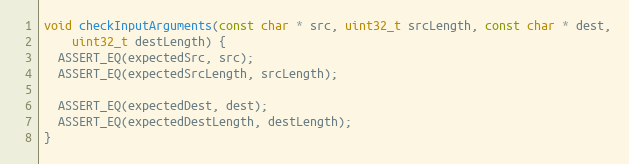
Language: C++
void checkInputArguments(const char * src, uint32_t srcLength, const char * dest,
    uint32_t destLength) {
  ASSERT_EQ(expectedSrc, src);
  ASSERT_EQ(expectedSrcLength, srcLength);

  ASSERT_EQ(expectedDest, dest);
  ASSERT_EQ(expectedDestLength, destLength);
}